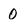
Character: 0